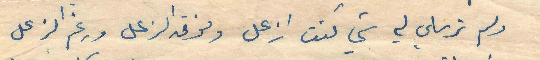
ولم ترسلي لي شي كنت ازعل وفوق الزعل ورغم الزعل